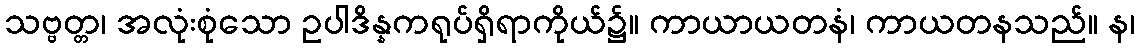
သဗ္ဗတ္တ၊ အလုံးစုံသော ဥပါဒိန္နကရုပ်ရှိရာကိုယ်၌။ ကာယာယတနံ၊ ကာယတနသည်။ န၊